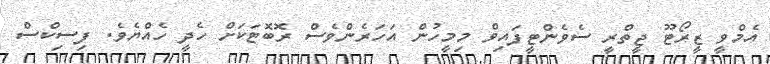
އެމްވީ ޒީރޯޓޫ ޖީތްރީ ސެވެންޓީފައިވް މިމީހުން އަހަރެންވެސް ރޮބޮޓަކަށް ހެދީ ހެއްޔެވެ. ފިސިކްސް